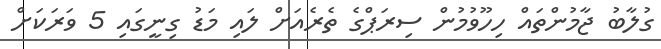
ގުލާބު ޖާމުންތައް ހިހޫވުމުން ސިރަޕްގެ ތެރެއަށް ލައި މަޑު ގިނީގައި 5 ވަރަކަށް